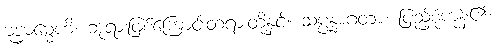
ဗုဒ္ဓဓမ္မေဟိ၊ ဘုရားဖြစ်ကြောင်းတရားတို့နှင့်။ သမ္ပန္နာဂတာ၊ ပြည့်စုံကုန်၏။